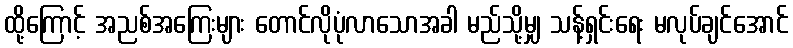
ထို့ကြောင့် အညစ်အကြေးများ တောင်လိုပုံလာသောအခါ မည်သို့မျှ သန့်ရှင်းရေး မလုပ်ချင်အောင်